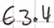
Text: E3.4